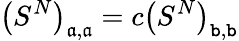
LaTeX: \left(S^{N}\right)_{\mathfrak{a},\mathfrak{a}}=c\left(S^{N}\right)_{\mathtt{b},\mathtt{b}}